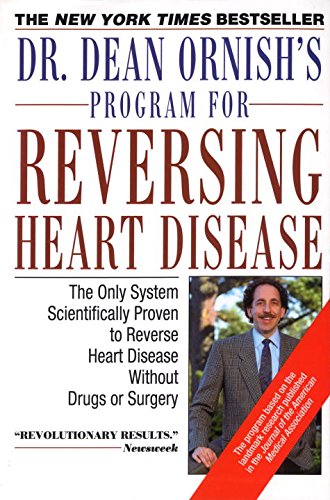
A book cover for Dr. Dean Ornish's Program for Reversing Heart Disease; Dr. Dean Ornish; Health, Fitness & Dieting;